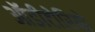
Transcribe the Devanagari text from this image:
ऑडीटोरियो